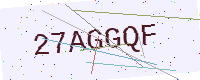
Text: 27AGGQF